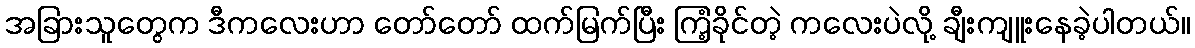
အခြားသူတွေက ဒီကလေးဟာ တော်တော် ထက်မြက်ပြီး ကြံ့ခိုင်တဲ့ ကလေးပဲလို့ ချီးကျူးနေခဲ့ပါတယ်။